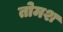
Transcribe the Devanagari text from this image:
तोमश